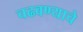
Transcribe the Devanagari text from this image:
चढवण्याचे